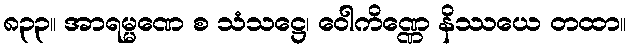
၈၃၃။ အာရမ္မဏေ စ သံသဋ္ဌေ၊ ဝေါကိဏ္ဏေ နိဿယေ တထာ။